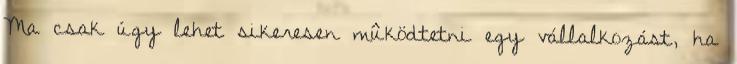
Ma csak úgy lehet sikeresen mûködtetni egy vállalkozást, ha